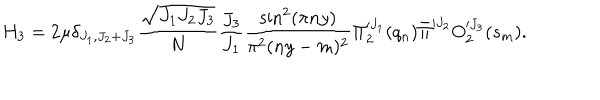
H _ { 3 } = 2 \mu \delta _ { J _ { 1 } , J _ { 2 } + J _ { 3 } } { \frac { \sqrt { J _ { 1 } J _ { 2 } J _ { 3 } } } { N } } { \frac { J _ { 3 } } { J _ { 1 } } } { \frac { \sin ^ { 2 } ( \pi n y ) } { \pi ^ { 2 } ( n y - m ) ^ { 2 } } } \Pi _ { 2 } ^ { \prime J _ { 1 } } ( q _ { n } ) \bar { \Pi } ^ { \prime J _ { 2 } } O _ { 2 } ^ { \prime J _ { 3 } } ( s _ { m } ) .